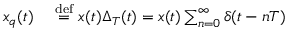
\begin{array} { r l } { x _ { q } ( t ) \ } & { { } { \stackrel { \mathrm { d e f } } { = } } \ x ( t ) \Delta _ { T } ( t ) = x ( t ) \sum _ { n = 0 } ^ { \infty } \delta ( t - n T ) } \end{array}